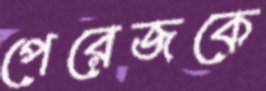
পেরেজকে